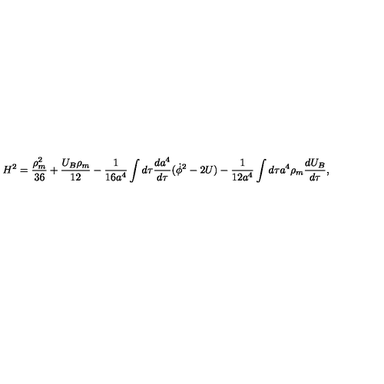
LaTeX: H ^ { 2 } = \frac { \rho _ { m } ^ { 2 } } { 3 6 } + \frac { U _ { B } \rho _ { m } } { 1 2 } - \frac { 1 } { 1 6 a ^ { 4 } } \int d \tau \frac { d a ^ { 4 } } { d \tau } ( \dot { \phi } ^ { 2 } - 2 U ) - \frac { 1 } { 1 2 a ^ { 4 } } \int d \tau a ^ { 4 } \rho _ { m } \frac { d U _ { B } } { d \tau } ,